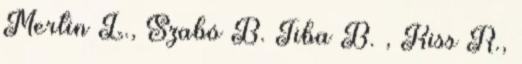
Mertin L., Szabó B. Tiba B. , Kiss R.,